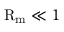
\mathrm { R } _ { \mathrm { m } } \ll 1